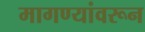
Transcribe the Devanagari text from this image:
मागण्यांवरून